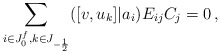
\begin{align*}\sum_{i\in J_0^f,k\in J_{-\frac12}}([v,u_k]|a_i)E_{ij}C_j=0\,,\end{align*}